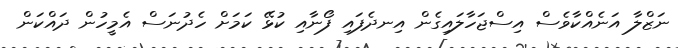
ނަޒްލާ އަނެއްކާވެސް އިސްޖަހާލައިގެން އިނދެފައި ފޯނާއި ކުޅޭ ކަމަށް ހެދުނަސް އެމީހުން ދައްކަން